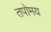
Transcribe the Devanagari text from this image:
तपोमय